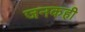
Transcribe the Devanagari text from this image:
जनकही